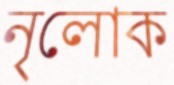
নৃলোক